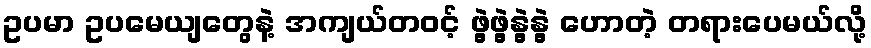
ဥပမာ ဥပမေယျတွေနဲ့ အကျယ်တဝင့် ဖွဲ့ဖွဲ့နွဲ့နွဲ့ ဟောတဲ့ တရားပေမယ်လို့